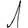
Digit: 1